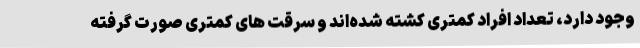
وجود دارد، تعداد افراد کمتری کشته شده‌اند و سرقت های کمتری صورت گرفته